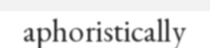
aphoristically